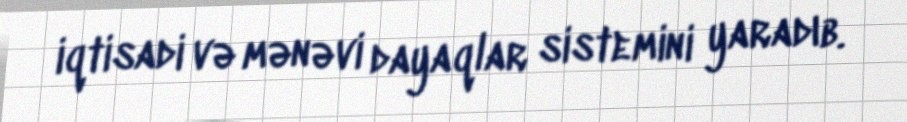
iqtisadi və mənəvi dayaqlar sistemini yaradıb.